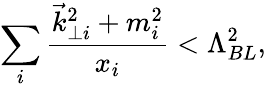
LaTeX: \sum_{i}\frac{{\vec{k}}_{\perp i}^{2}+m_{i}^{2}}{x_{i}}<\Lambda_{BL}^{2},